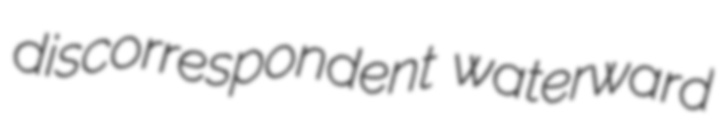
discorrespondent waterward